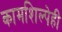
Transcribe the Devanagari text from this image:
कामशिल्पेही